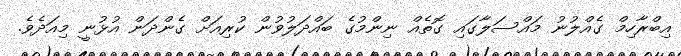
އިބްރާހިމް ގެއްލުނު މައްސަލާގައި ގޮތެއް ނިންމުގެ ބައްދަލުވުން ކުރިއަށް ގެންދަން އުޅުނީ މިއަދެވެ.